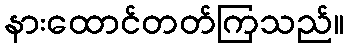
နားထောင်တတ်ကြသည်။